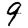
Digit: 9